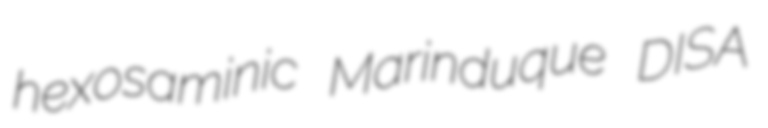
hexosaminic Marinduque DISA